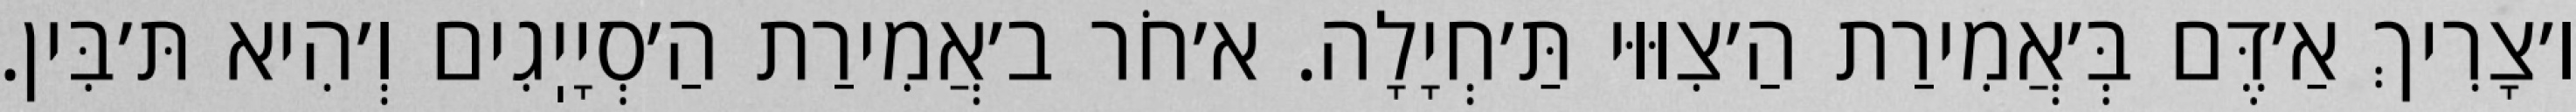
ו׳צָרִיךְ אַ׳דֶּם בְּ׳אֲמִירַת הַ׳צִוּוּי תַּ׳חְיָלָה. א׳חֹר ב׳אֲמִירַת הַ׳סְיָיֽגִים וְ׳הִיא תּ׳בִּין.